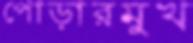
পোড়ারমুখ